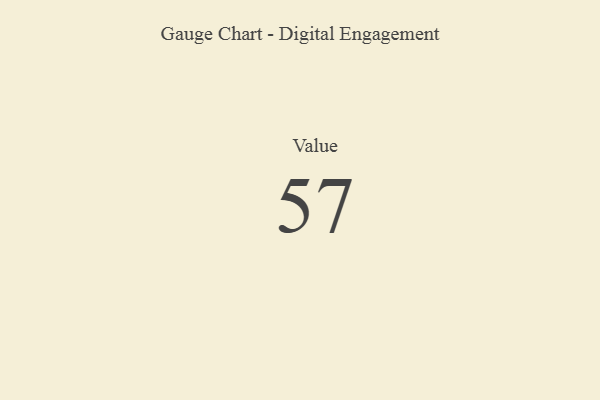
{"axis": {"x": "Metric", "y": "Value"}, "legend": [""], "data": [{"x": "Value", "y": 57, "type": ""}]}